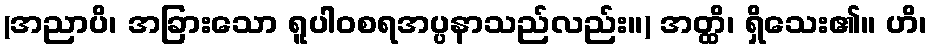
(အညာပိ၊ အခြားသော ရူပါဝစရအပ္ပနာသည်လည်း။) အတ္ထိ၊ ရှိသေး၏။ ဟိ၊